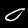
Label: 0